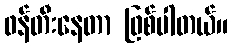
ဖန်တီးနေတာ ဖြစ်ပါတယ်။